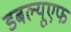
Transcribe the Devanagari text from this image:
डबल्यूएफ